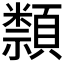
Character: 𥜛